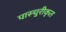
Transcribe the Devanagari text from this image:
पास्चुरीकृत